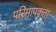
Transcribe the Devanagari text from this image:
परिमापकता